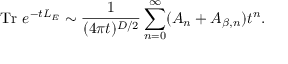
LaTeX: \mathrm { T r } ~ e ^ { - t L _ { E } } \sim { \frac { 1 } { ( 4 \pi t ) ^ { D / 2 } } } \sum _ { n = 0 } ^ { \infty } ( A _ { n } + A _ { \beta , n } ) t ^ { n } .